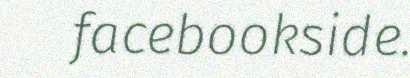
facebookside.